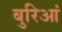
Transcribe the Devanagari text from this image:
बुरिआं